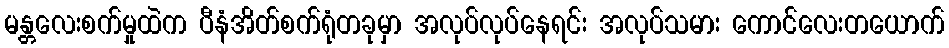
မန္တလေးစက်မှုထဲက ပီနံအိတ်စက်ရုံတခုမှာ အလုပ်လုပ်နေရင်း အလုပ်သမား ကောင်လေးတယောက်